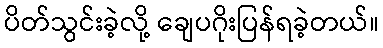
ပိတ်သွင်းခဲ့လို့ ချေပဂိုးပြန်ရခဲ့တယ်။